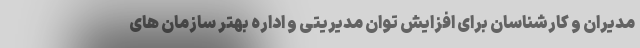
مدیران و کارشناسان برای افزایش توان مدیریتی و اداره بهتر سازمان های